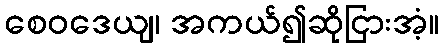
စေဝဒေယျ၊ အကယ်၍ဆိုငြားအံ့။